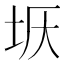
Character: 𡊘